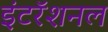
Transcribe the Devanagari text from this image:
इंटरॅशनल